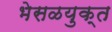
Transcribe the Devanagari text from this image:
भेसळयुक्त